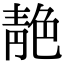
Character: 靘